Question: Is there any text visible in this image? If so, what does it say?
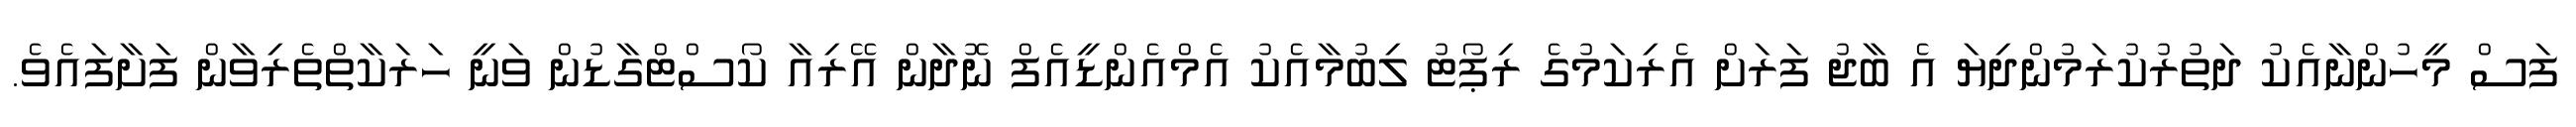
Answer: ފަސް މީހުންނާއެކު ދަތުރުކުރަމުންދިޔަ އެ ބާޖު ފަރަށް އެރިކަމުގެ ރިޕޯޓު ލިބުމާއެކު އެމްއެންޑީއެފް ނޮދާން އޭރިއާ ކޯސްޓްގާޑުން ވަނީ ހަރަކާތްތެރިވާން ފަށާފައެވެ.